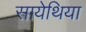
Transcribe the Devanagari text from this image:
सायेथिया